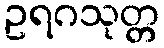
ဥရဂသုတ္တ